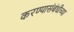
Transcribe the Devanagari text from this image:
करण्यासंबंधीच्या